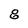
Character: 8